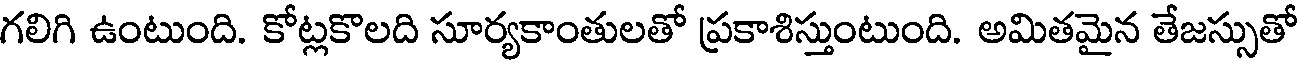
గలిగి ఉంటుంది. కోట్లకొలది సూర్యకాంతులతో ప్రకాశిస్తుంటుంది. అమితమైన తేజస్సుతో